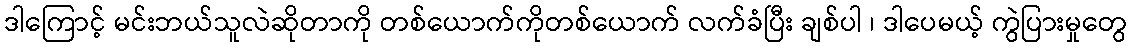
ဒါကြောင့် မင်းဘယ်သူလဲဆိုတာကို တစ်ယောက်ကိုတစ်ယောက် လက်ခံပြီး ချစ်ပါ ၊ ဒါပေမယ့် ကွဲပြားမှုတွေ